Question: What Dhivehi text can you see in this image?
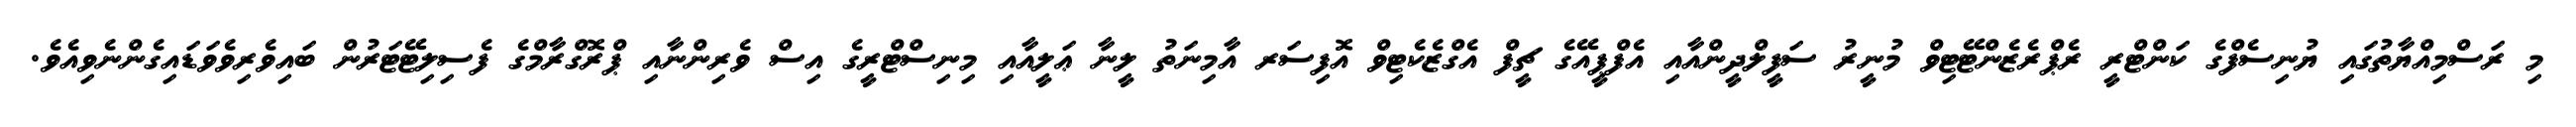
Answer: މި ރަސްމިއްޔާތުގައި ޔުނިސެފްގެ ކަންޓްރީ ރެޕްރެޒެންޓޭޓިވް މުނީރު ސަފީލްދީންއާއި އެފްޕީއޭގެ ޗީފް އެގްޒެކެޓިވް އޮފިސަރ އާމިނަތު ލީނާ ޢަލީއާއި މިނިސްޓްރީގެ އިސް ވެރިންނާއި ޕްރޮގްރާމްގެ ފެސިލިޓޭޓަރުން ބައިވެރިވެވަޑައިގެންނެވިއެވެ.